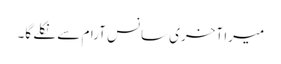
میرا آخری سانس آرام سے نکلے گا۔